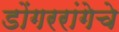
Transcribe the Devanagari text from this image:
डोंगररांगेचे